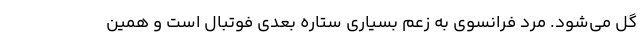
گل می‌شود. مرد فرانسوی به زعم بسیاری ستاره بعدی فوتبال است و همین